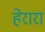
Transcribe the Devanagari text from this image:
हेरारा